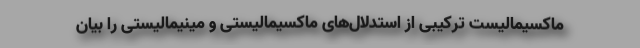
ماکسیمالیست ترکیبی از استدلال‌های ماکسیمالیستی و مینیمالیستی را بیان